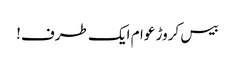
بیس کروڑ عوام ایک طرف!